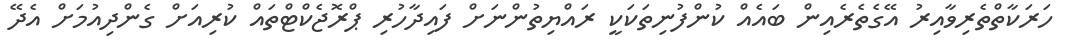
ހަރަކާތްތެރިވާއިރު އޭގެތެރެއިން ބައެއް ކުންފުނިތަކަކީ ރައްޔިތުންނަށް ފައިދާހުރި ޕްރޮޖެކްޓްތައް ކުރިއަށް ގެންދިއުމަށް އެދޭ